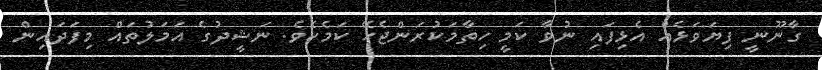
ގާނޫނީ ފިޔަވަޅެއް އެޅިފައި ނުވާ ކަމީ ހިތާމަކުރަންޖެހޭ ކަމެކެވެ. ނަޝީދުގެ އަމަލުތައް މިފަދައިން